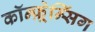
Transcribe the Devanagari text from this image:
कॉन्फ़्रेन्सिंग